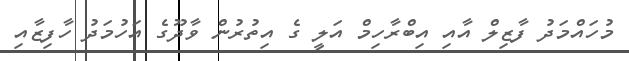
މުހައްމަދު ފާޒިލް އާއި އިބްރާހިމް އަލީ ގެ އިތުރުން ވާދޫގެ އަހުމަދު ހާފިޒާއި